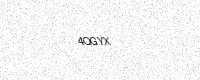
Text: 4QGYX